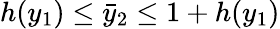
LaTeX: h(y_{1})\leq\bar{y}_{2}\leq 1+h(y_{1})